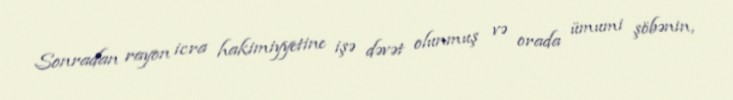
Sonradan rayon icra hakimiyyetine işə dəvət olunmuş və orada ümumi şöbənin,